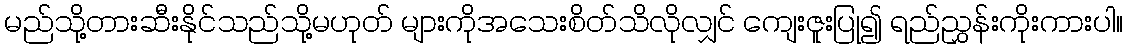
မည်သို့တားဆီးနိုင်သည်သို့မဟုတ် များကိုအသေးစိတ်သိလိုလျှင် ကျေးဇူးပြု၍ ရည်ညွှန်းကိုးကားပါ။